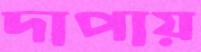
দাপায়